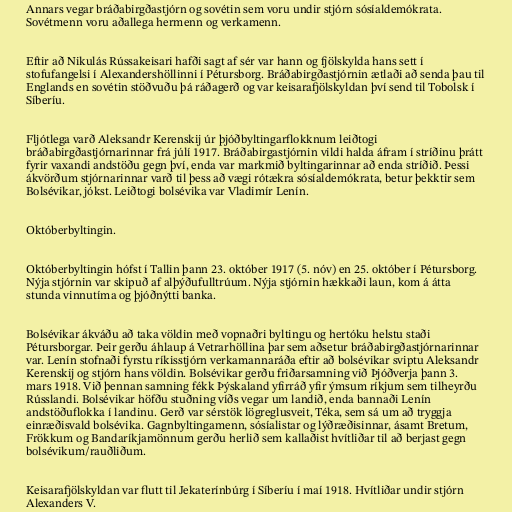
Annars vegar bráðabirgðastjórn og sovétin sem voru undir stjórn sósíaldemókrata.
Sovétmenn voru aðallega hermenn og verkamenn.

Eftir að Nikulás Rússakeisari hafði sagt af sér var hann og fjölskylda hans sett í
stofufangelsi í Alexandershöllinni í Pétursborg. Bráðabirgðastjórnin ætlaði að senda þau til
Englands en sovétin stöðvuðu þá ráðagerð og var keisarafjölskyldan því send til Tobolsk í
Síberíu.

Fljótlega varð Aleksandr Kerenskij úr þjóðbyltingarflokknum leiðtogi
bráðabirgðastjórnarinnar frá júlí 1917. Bráðabirgastjórnin vildi halda áfram í stríðinu þrátt
fyrir vaxandi andstöðu gegn því, enda var markmið byltingarinnar að enda stríðið. Þessi
ákvörðum stjórnarinnar varð til þess að vægi rótækra sósíaldemókrata, betur þekktir sem
Bolsévikar, jókst. Leiðtogi bolsévika var Vladimír Lenín.

Októberbyltingin.

Októberbyltingin hófst í Tallin þann 23. október 1917 (5. nóv) en 25. október í Pétursborg.
Nýja stjórnin var skipuð af alþýðufulltrúum. Nýja stjórnin hækkaði laun, kom á átta
stunda vinnutíma og þjóðnýtti banka.

Bolsévikar ákváðu að taka völdin með vopnaðri byltingu og hertóku helstu staði
Pétursborgar. Þeir gerðu áhlaup á Vetrarhöllina þar sem aðsetur bráðabirgðastjórnarinnar
var. Lenín stofnaði fyrstu ríkisstjórn verkamannaráða eftir að bolsévikar sviptu Aleksandr
Kerenskij og stjórn hans völdin. Bolsévikar gerðu friðarsamning við Þjóðverja þann 3.
mars 1918. Við þennan samning fékk Þýskaland yfirráð yfir ýmsum ríkjum sem tilheyrðu
Rússlandi. Bolsévikar höfðu stuðning víðs vegar um landið, enda bannaði Lenín
andstöðuflokka í landinu. Gerð var sérstök lögreglusveit, Téka, sem sá um að tryggja
einræðisvald bolsévika. Gagnbyltingamenn, sósíalistar og lýðræðisinnar, ásamt Bretum,
Frökkum og Bandaríkjamönnum gerðu herlið sem kallaðist hvítliðar til að berjast gegn
bolsévikum/rauðliðum.

Keisarafjölskyldan var flutt til Jekaterínbúrg í Síberíu í maí 1918. Hvítliðar undir stjórn
Alexanders V.